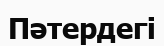
Пәтердегі